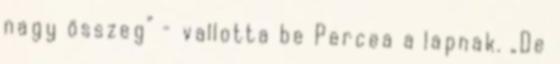
nagy összeg” – vallotta be Percea a lapnak. „De